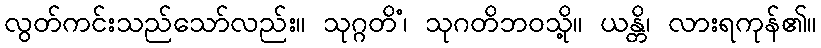
လွတ်ကင်းသည်သော်လည်း။ သုဂ္ဂတိံ၊ သုဂတိဘဝသို့။ ယန္တိ၊ လားရကုန်၏။